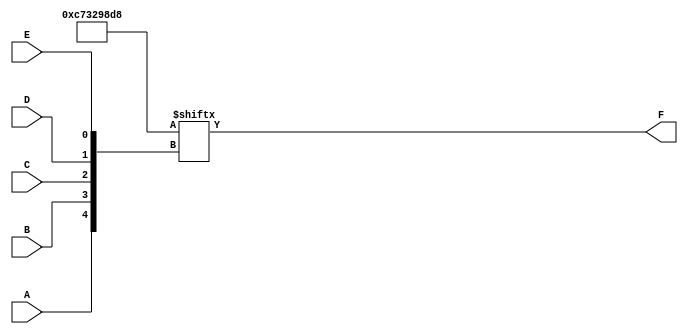
module five_variable_kmap (
    input wire A,  // Input variable A
    input wire B,  // Input variable B
    input wire C,  // Input variable C
    input wire D,  // Input variable D
    input wire E,  // Input variable E
    output wire F  // Output variable F
);

// K-map initialization (output values for each combination of A, B, C, D, E)
// The values below should be filled based on the desired output for each combination
// For example, if the output for (A, B, C, D, E) = (0, 0, 0, 0, 0) is 1, 
// then the first entry (index 0) in the array should be set to 1.
reg [31:0] kmap;  // 32-bit register to hold K-map values

initial begin
    // Initialize K-map values (example values, modify as needed)
    kmap[0]  = 1'b0;  // (0,0,0,0,0)
    kmap[1]  = 1'b0;  // (0,0,0,0,1)
    kmap[2]  = 1'b0;  // (0,0,0,1,0)
    kmap[3]  = 1'b1;  // (0,0,0,1,1)
    kmap[4]  = 1'b1;  // (0,0,1,0,0)
    kmap[5]  = 1'b0;  // (0,0,1,0,1)
    kmap[6]  = 1'b1;  // (0,0,1,1,0)
    kmap[7]  = 1'b1;  // (0,0,1,1,1)
    kmap[8]  = 1'b0;  // (0,1,0,0,0)
    kmap[9]  = 1'b0;  // (0,1,0,0,1)
    kmap[10] = 1'b0;  // (0,1,0,1,0)
    kmap[11] = 1'b1;  // (0,1,0,1,1)
    kmap[12] = 1'b1;  // (0,1,1,0,0)
    kmap[13] = 1'b0;  // (0,1,1,0,1)
    kmap[14] = 1'b0;  // (0,1,1,1,0)
    kmap[15] = 1'b1;  // (0,1,1,1,1)
    kmap[16] = 1'b0;  // (1,0,0,0,0)
    kmap[17] = 1'b1;  // (1,0,0,0,1)
    kmap[18] = 1'b0;  // (1,0,0,1,0)
    kmap[19] = 1'b0;  // (1,0,0,1,1)
    kmap[20] = 1'b1;  // (1,0,1,0,0)
    kmap[21] = 1'b1;  // (1,0,1,0,1)
    kmap[22] = 1'b0;  // (1,0,1,1,0)
    kmap[23] = 1'b0;  // (1,0,1,1,1)
    kmap[24] = 1'b1;  // (1,1,0,0,0)
    kmap[25] = 1'b1;  // (1,1,0,0,1)
    kmap[26] = 1'b1;  // (1,1,0,1,0)
    kmap[27] = 1'b0;  // (1,1,0,1,1)
    kmap[28] = 1'b0;  // (1,1,1,0,0)
    kmap[29] = 1'b0;  // (1,1,1,0,1)
    kmap[30] = 1'b1;  // (1,1,1,1,0)
    kmap[31] = 1'b1;  // (1,1,1,1,1)
end

// Calculate the output based on the K-map
assign F = kmap[{A, B, C, D, E}];

endmodule